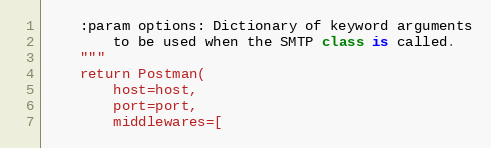
Language: Python
    :param options: Dictionary of keyword arguments
        to be used when the SMTP class is called.
    """
    return Postman(
        host=host,
        port=port,
        middlewares=[